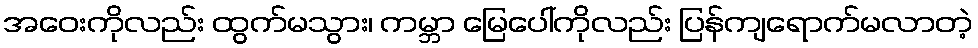
အဝေးကိုလည်း ထွက်မသွား၊ ကမ္ဘာ မြေပေါ်ကိုလည်း ပြန်ကျရောက်မလာတဲ့